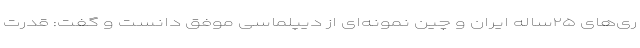
ری‌های ۲۵ساله ایران و چین نمونه‌ای از دیپلماسی موفق دانست و گفت: قدرت